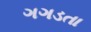
ગગડતા